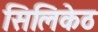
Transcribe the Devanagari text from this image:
सिलिकेठ